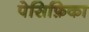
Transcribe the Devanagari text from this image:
पेसिफ़िका